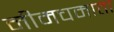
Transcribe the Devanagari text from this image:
नीमचमाता